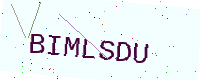
Text: BIMLSDU